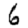
Digit: 6